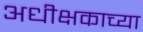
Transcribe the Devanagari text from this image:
अधीक्षकाच्या